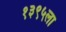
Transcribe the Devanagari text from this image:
१३९५ला